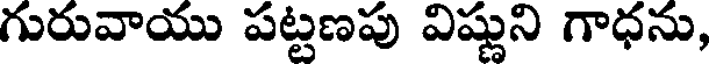
గురువాయు పట్టణపు విష్ణుని గాధను,